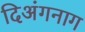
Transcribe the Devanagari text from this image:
दिअंगनाग